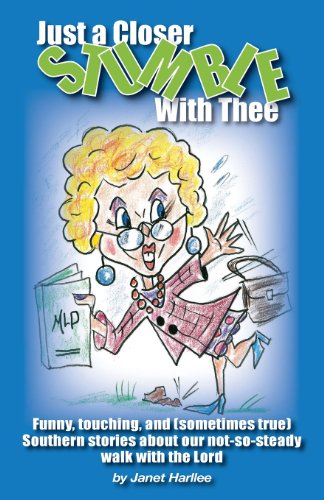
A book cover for Just A Closer Stumble With Thee; Janet Harllee; Humor & Entertainment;